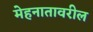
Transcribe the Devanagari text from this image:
मेहनातावरील